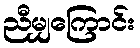
ညီမျှကြောင်း